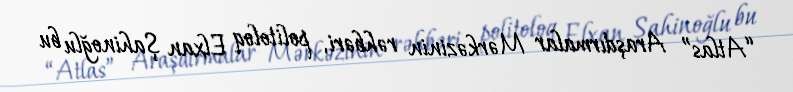
“Atlas” Araşdırmalar Mərkəzinin rəhbəri, politoloq Elxan Şahinoğlu bu